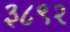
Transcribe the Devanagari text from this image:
३८९२